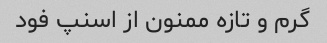
گرم و تازه ممنون از اسنپ فود